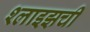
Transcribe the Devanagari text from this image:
श्लाइझची